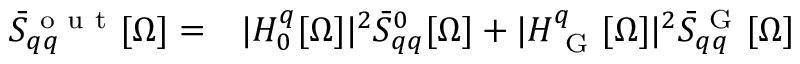
\begin{array} { r l } { \bar { S } _ { q q } ^ { \mathrm { ~ o ~ u ~ t ~ } } [ \Omega ] = } & { { } | H _ { 0 } ^ { q } [ \Omega ] | ^ { 2 } \bar { S } _ { q q } ^ { 0 } [ \Omega ] + | H _ { \mathrm { ~ G ~ } } ^ { q } [ \Omega ] | ^ { 2 } \bar { S } _ { q q } ^ { \mathrm { ~ G ~ } } [ \Omega ] } \end{array}